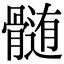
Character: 髄